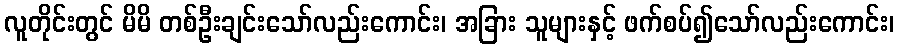
လူတိုင်းတွင် မိမိ တစ်ဦးချင်းသော်လည်းကောင်း၊ အခြား သူများနှင့် ဖက်စပ်၍သော်လည်းကောင်း၊